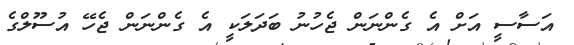
އަސާސީ އަށް އެ ގެންނަން ޖެހުނު ބަދަލަކީ އެ ގެންނަން ޖެހޭ އުސޫލްގެ